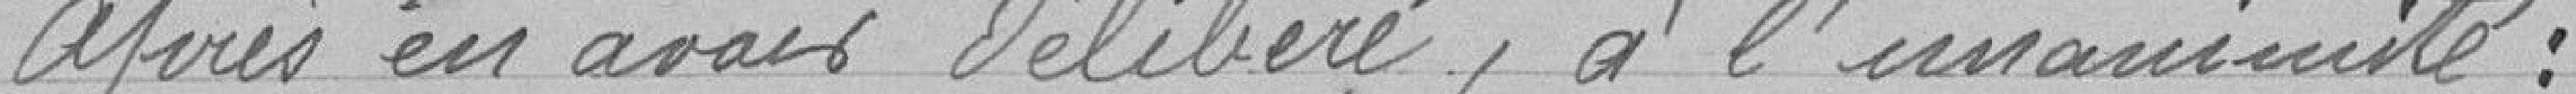
Après en avoir délibéré, à l'unanimité :